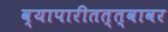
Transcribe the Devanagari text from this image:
व्यापारीतत्त्वावर